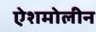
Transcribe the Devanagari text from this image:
ऐशमोलीन